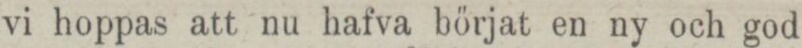
vi hoppas att nu hafva börjat en ny och god